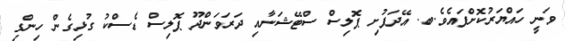
ވަނީ ހައްޔަރުކޮށްފައެވެ.ބ. އޭދަފުށި ޕޮލިސް ސްޓޭޝަނާއި ދަރަވަންދޫ ޕޮލިސް ޑެސްކު ގުޅިގެން ހިންގި